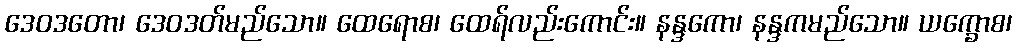
ဒေဝဒတော၊ ဒေဝဒတ်မည်သော။ ထေရောစ၊ ထေရ်လည်းကောင်း။ နန္ဒကော၊ နန္ဒကမည်သော။ ယက္ခောစ၊